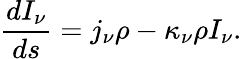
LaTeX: {\frac{dI_{\nu}}{ds}}=j_{\nu}\rho-\kappa_{\nu}\rho I_{\nu}.